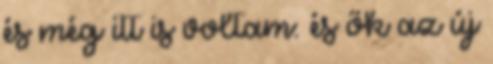
és még itt is voltam: és ők az új